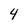
Character: 4